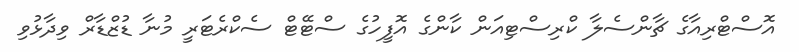
އޮސްޓްރިއާގެ ޗާންސެލާ ކްރިސްޓިއަން ކާންގެ އޮފީހުގެ ސްޓޭޓް ސެކްރެޓަރީ މުނާ ޑުޒްޑާރް ވިދާޅުވި